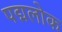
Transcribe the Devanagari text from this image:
पद्मलोक